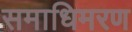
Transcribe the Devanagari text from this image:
समाधिमरण